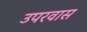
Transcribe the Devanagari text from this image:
उपरवास